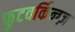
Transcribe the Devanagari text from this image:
फुटवर्किन्ग्ज़